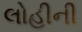
લોહીની